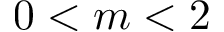
0 < m < 2